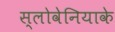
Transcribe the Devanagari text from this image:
स्लोवेनियाके